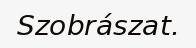
Szobrászat.